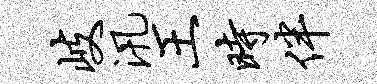
岐汛王时伴